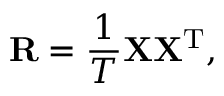
\mathbf { R } = \frac { 1 } { T } \mathbf { X } \mathbf { X } ^ { \mathrm { T } } ,